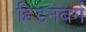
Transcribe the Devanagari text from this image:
हिडेनबर्ग